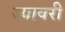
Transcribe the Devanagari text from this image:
ज्यावरी